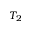
T _ { 2 }